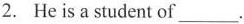
2. He is a student of ___.